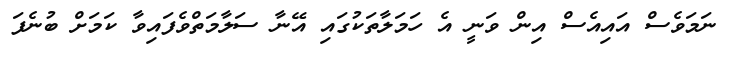
ނަމަވެސް އައިއެސް އިން ވަނީ އެ ހަމަލާތަކުގައި އޭނާ ސަލާމަތްވެފައިވާ ކަމަށް ބުނެފަ